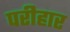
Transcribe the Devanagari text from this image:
परीहार